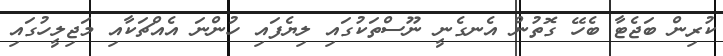
ކުރިން ބަޖެޓާ ބެހޭ ގޮތުން އެނގެނީ ނޫސްތަކުގައި ލިޔެފައި ހުންނަ އެއްޗަކާއި މަޖިލީހުގައި